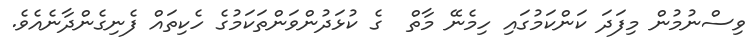
ވިސްނުމުން މިފަދަ ކަންކަމުގައި ހިމެނޭ މާތް  ގެ ކުޅަދުންވަންތަކަމުގެ ހެކިތައް ފެނިގެންދާނެއެވެ.